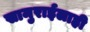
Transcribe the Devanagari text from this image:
सामुराईलाही